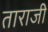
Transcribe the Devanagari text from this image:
ताराजी